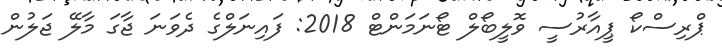
ޕްރިސްކޯ ޕީއާރުސީ ވޮލީބޯލް ޓޯނަމަންޓް 2018: ފައިނަލްގެ ދެވަނަ ޖާގަ މާލޭ ޖަލުން